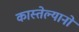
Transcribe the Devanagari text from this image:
कास्तेल्यानो